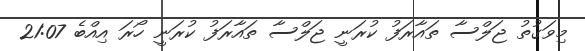
މިވަގުތު ޖަލްސާ ތައާރަފު ކުރަނީ ޖަލްސާ ތައާރަފު ކުރަނީ ހޯރަ އިއްބެ 21:07